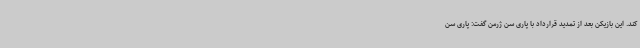
کند. این بازیکن بعد از تمدید قرارداد با پاری سن ژرمن گفت: پاری سن